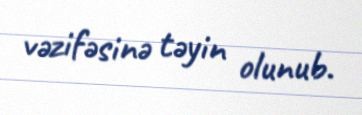
vəzifəsinə təyin olunub.